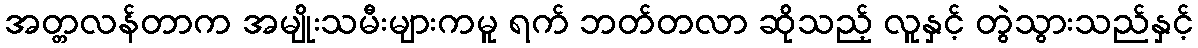
အတ္တလန်တာက အမျိုးသမီးများကမူ ရက် ဘတ်တလာ ဆိုသည့် လူနှင့် တွဲသွားသည်နှင့်